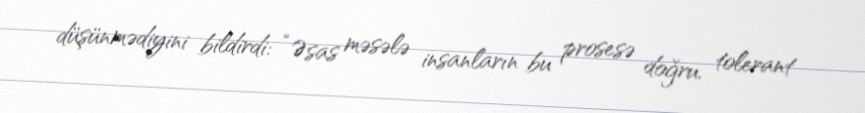
düşünmədiyini bildirdi: “Əsas məsələ insanların bu prosesə doğru, tolerant